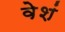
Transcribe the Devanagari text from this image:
वेशं